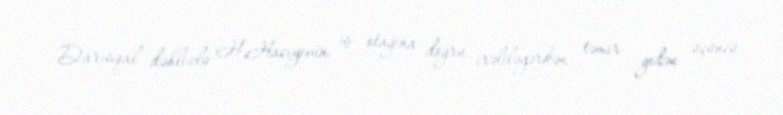
Darısqal dəhlizlə H.Hacıyevin iş otağına doğru irəliləyərkən təmir gedən üçüncü